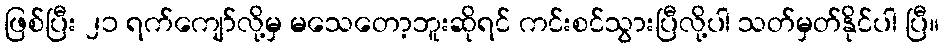
ဖြစ်ပြီး ၂၁ ရက်ကျော်လို့မှ မသေတော့ဘူးဆိုရင် ကင်းစင်သွားပြီလို့ပါ သတ်မှတ်နိုင်ပါ ပြီ။